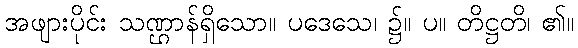
အဖျားပိုင်း သဏ္ဌာန်ရှိသော။ ပဒေသေ၊ ၌။ ပ။ တိဋ္ဌတိ၊ ၏။